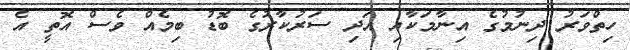
ހިތްވަރު ދިނުމުގެ އިނާމަކާއި އަދި ސަރުކާރުގެ ބޮޑު ބިމެއް ވެސް އޮތީ އެ